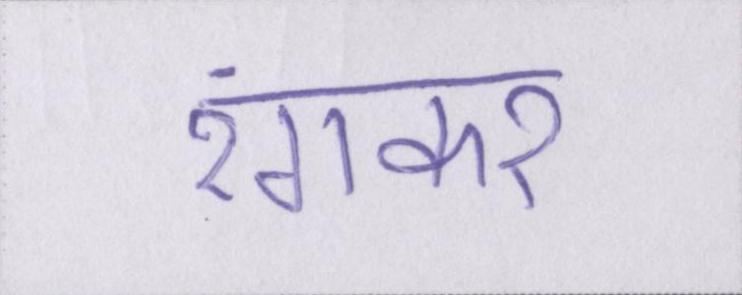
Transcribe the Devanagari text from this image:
रंगकर